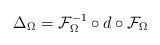
LaTeX: \begin{align*} \Delta_{\Omega} = \mathcal{F}_{\Omega}^{-1}\circ d\circ \mathcal{F}_{\Omega}\end{align*}